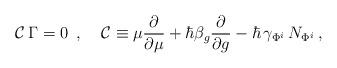
LaTeX: \begin{align*}{\cal C\,}\Gamma =0\,\,\,,\,\;\;\,\,{\cal C}\equiv \mu \frac \partial{\partial \mu }+\hbar \beta _g\frac \partial {\partial g}-\hbar \,\gamma_{\Phi ^i}\,N_{\Phi ^i}\,, \end{align*}